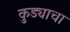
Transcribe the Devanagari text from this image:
कुड्याचा